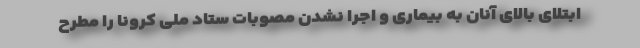
ابتلای بالای آنان به بیماری و اجرا نشدن مصوبات ستاد ملی کرونا را مطرح